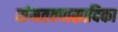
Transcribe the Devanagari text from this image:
संमतवपासादिका